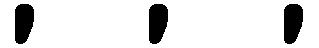
, , ,